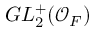
G L _ { 2 } ^ { + } ( { \mathcal { O } } _ { F } )